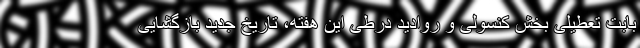
بابت تعطیلی بخش کنسولی و روادید درطی این هفته، تاریخ جدید بازگشایی